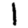
Digit: 1